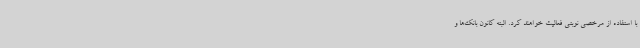
با استفاده از مرخصی نوبتی فعالیت خواهند کرد. البته کانون بانک‌ها و